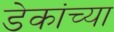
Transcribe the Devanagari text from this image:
डेकांच्या